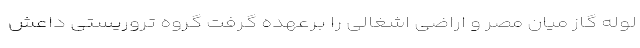
لوله گاز میان مصر و اراضی اشغالی را برعهده گرفت گروه تروریستی داعش